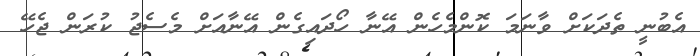
އެބުނީ ތެދަކަށް ވާނަމަ ކޮންމެހެން އޭނާ ހޯދައިގެން އޭނާއަށް މެސެޖު ކުރަން ޖެހޭ